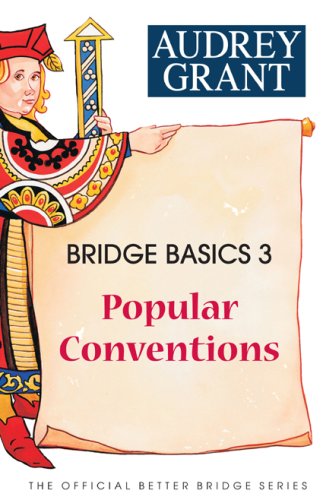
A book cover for Bridge Basics 3: Popular Conventions (The Official Better Bridge Series); Audrey Grant; Humor & Entertainment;